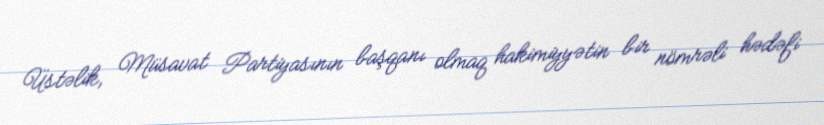
Üstəlik, Müsavat Partiyasının başqanı olmaq hakimiyyətin bir nömrəli hədəfi